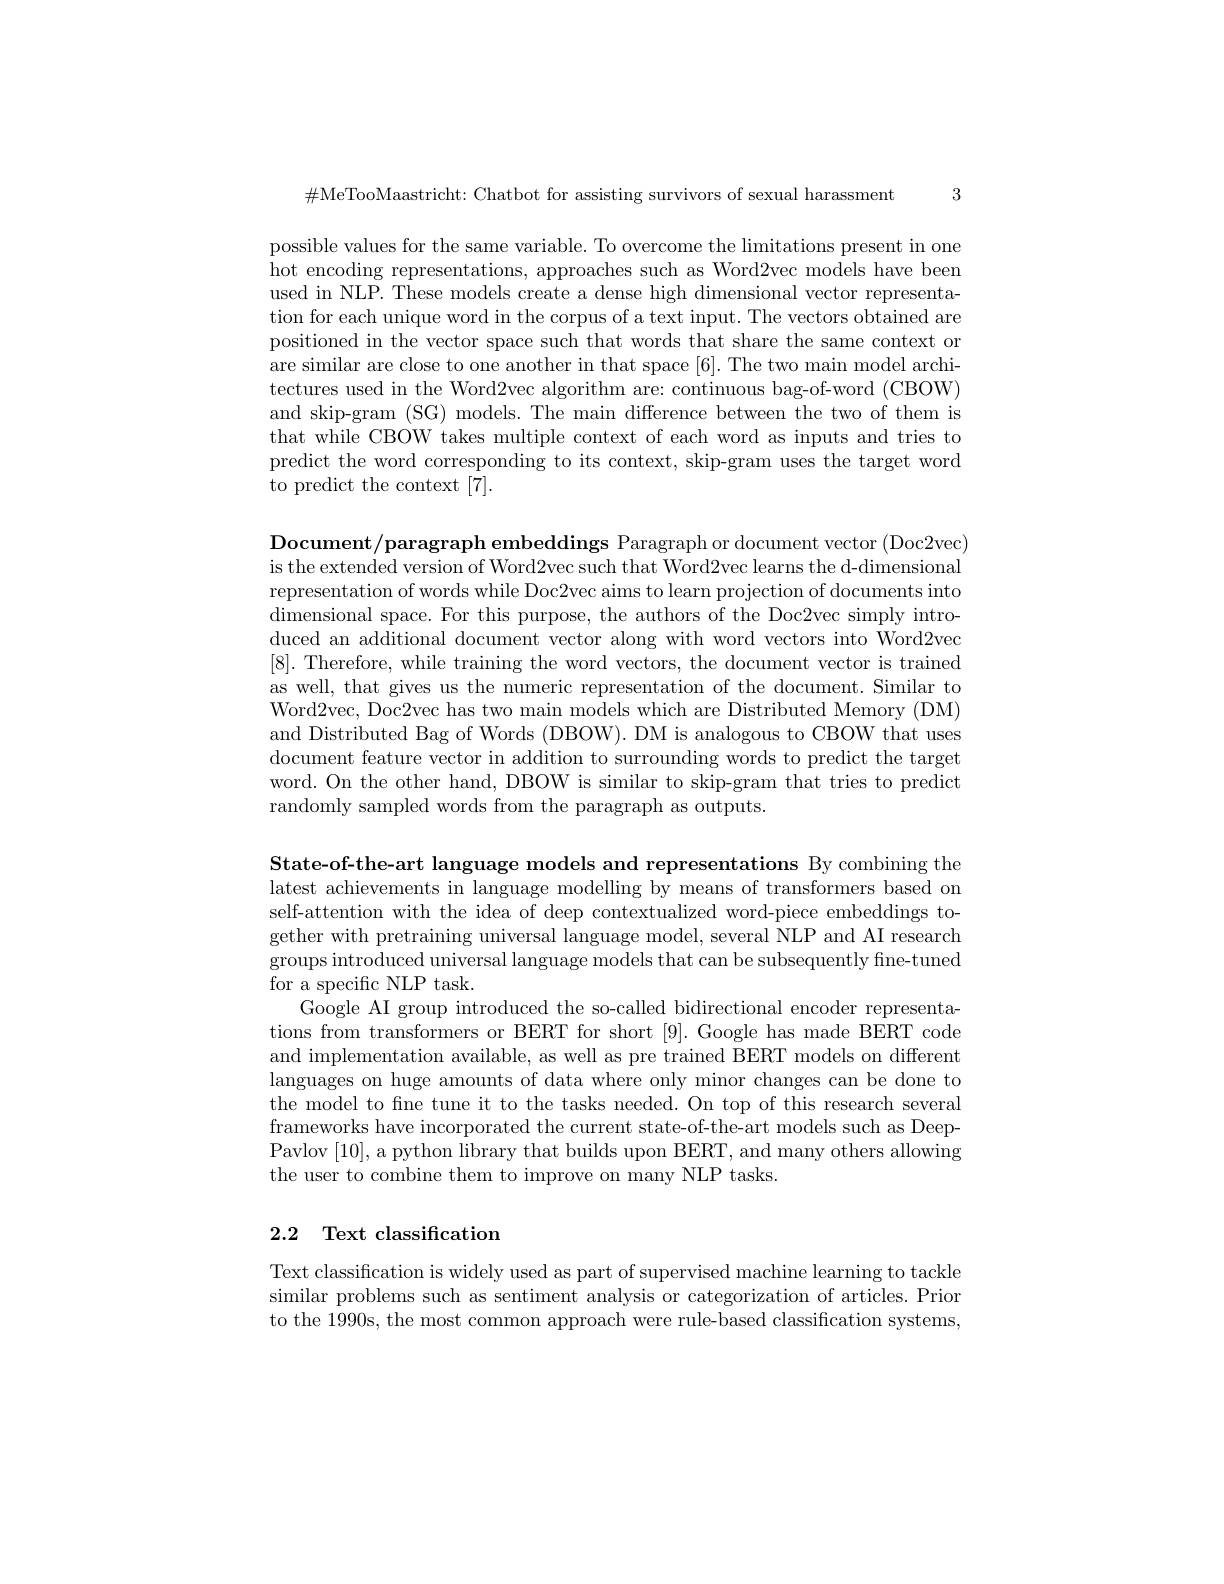
3

$\#$MeTooMaastricht: Chatbot for assisting survivors of sexual harassment

possible values for the same variable. To overcome the limitations present in one hot encoding representations, approaches such as Word2vec models have been used in NLP. These models create a dense high dimensional vector representation for each unique word in the corpus of a text input. The vectors obtained are positioned in the vector space such that words that share the same context or are similar are close to one another in that space [6]. The two main model architectures used in the Word2vec algorithm are: continuous bag-of-word (CBOW) and skip-gram (SG) models. The main difference between the two of them is that while CBOW takes multiple context of each word as inputs and tries to predict the word corresponding to its context, skip-gram uses the target word to predict the context [7].

${\text{Document/paragraph embeddings Paragraph or document vector (Doc2vec)}}$ is the extended version of Word2vec such that Word2vec learns the d-dimensional representation of words while Doc2vec aims to learn projection of documents into dimensional space. For this purpose, the authors of the Doc2vec simply intro- 1 duced an additional document vector along with word vectors into Word2vec [8]. Therefore, while training the word vectors, the document vector is trained as well, that gives us the numeric representation of the document. Similar to Word2vec, Doc2vec has two main models which are Distributed Memory (DM) and Distributed Bag of Words (DBOW). DM is analogous to CBOW that uses document feature vector in addition to surrounding words to predict the target word. On the other hand, DBOW is similar to skip-gram that tries to predict randomly sampled words from the paragraph as outputs.

State-of-the-art language models and representations By combining the latest achievements in language modelling by means of transformers based on self-attention with the idea of deep contextualized word-piece embeddings together with pretraining universal language model, several NLP and AI research $groupsintroduceduniversallanguagemodelsthatcanbesubsequentlyfne-tuned$ for a specific NLP task.
Google AI group introduced the so-called bidirectional encoder representations from transformers or BERT for short [9]. Google has made BERT code and implementation available, as well as pre trained BERT models on different languages on huge amounts of data where only minor changes can be done to the model to fine tune it to the tasks needed. On top of this research several frameworks have incorporated the current state-of-the-art models such as DeepPavlov [10], a python library that builds upon BERT, and many others allowing the user to combine them to improve on many NLP tasks.

## 2.2 Text classification

Text classification is widely used as part of supervised machine learning to tackle similar problems such as sentiment analysis or categorization of articles. Prior to the 1990s, the most common approach were rule-based classification systems,